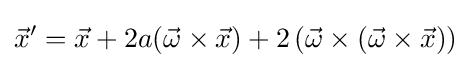
{\vec {x}}'={\vec {x}}+2a({\vec {\omega }}\times {\vec {x}})+2\left({\vec {\omega }}\times ({\vec {\omega }}\times {\vec {x}})\right)